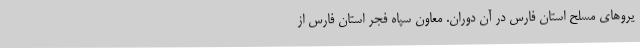
یروهای مسلح استان فارس در آن دوران. معاون سپاه فجر استان فارس از